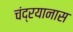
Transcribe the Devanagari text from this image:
चंद्रयानास